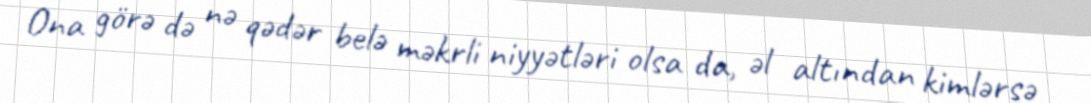
Ona görə də nə qədər belə məkrli niyyətləri olsa da, əl altından kimlərsə